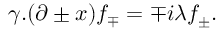
\gamma . ( \partial \pm x ) f _ { \mp } = \mp i \lambda f _ { \pm } .